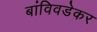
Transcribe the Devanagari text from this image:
बांविवडेकर